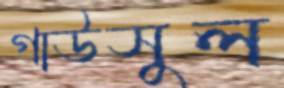
গাউসুল